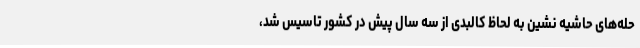
حله‌های حاشیه نشین به لحاظ کالبدی از سه سال پیش در کشور تاسیس شد،